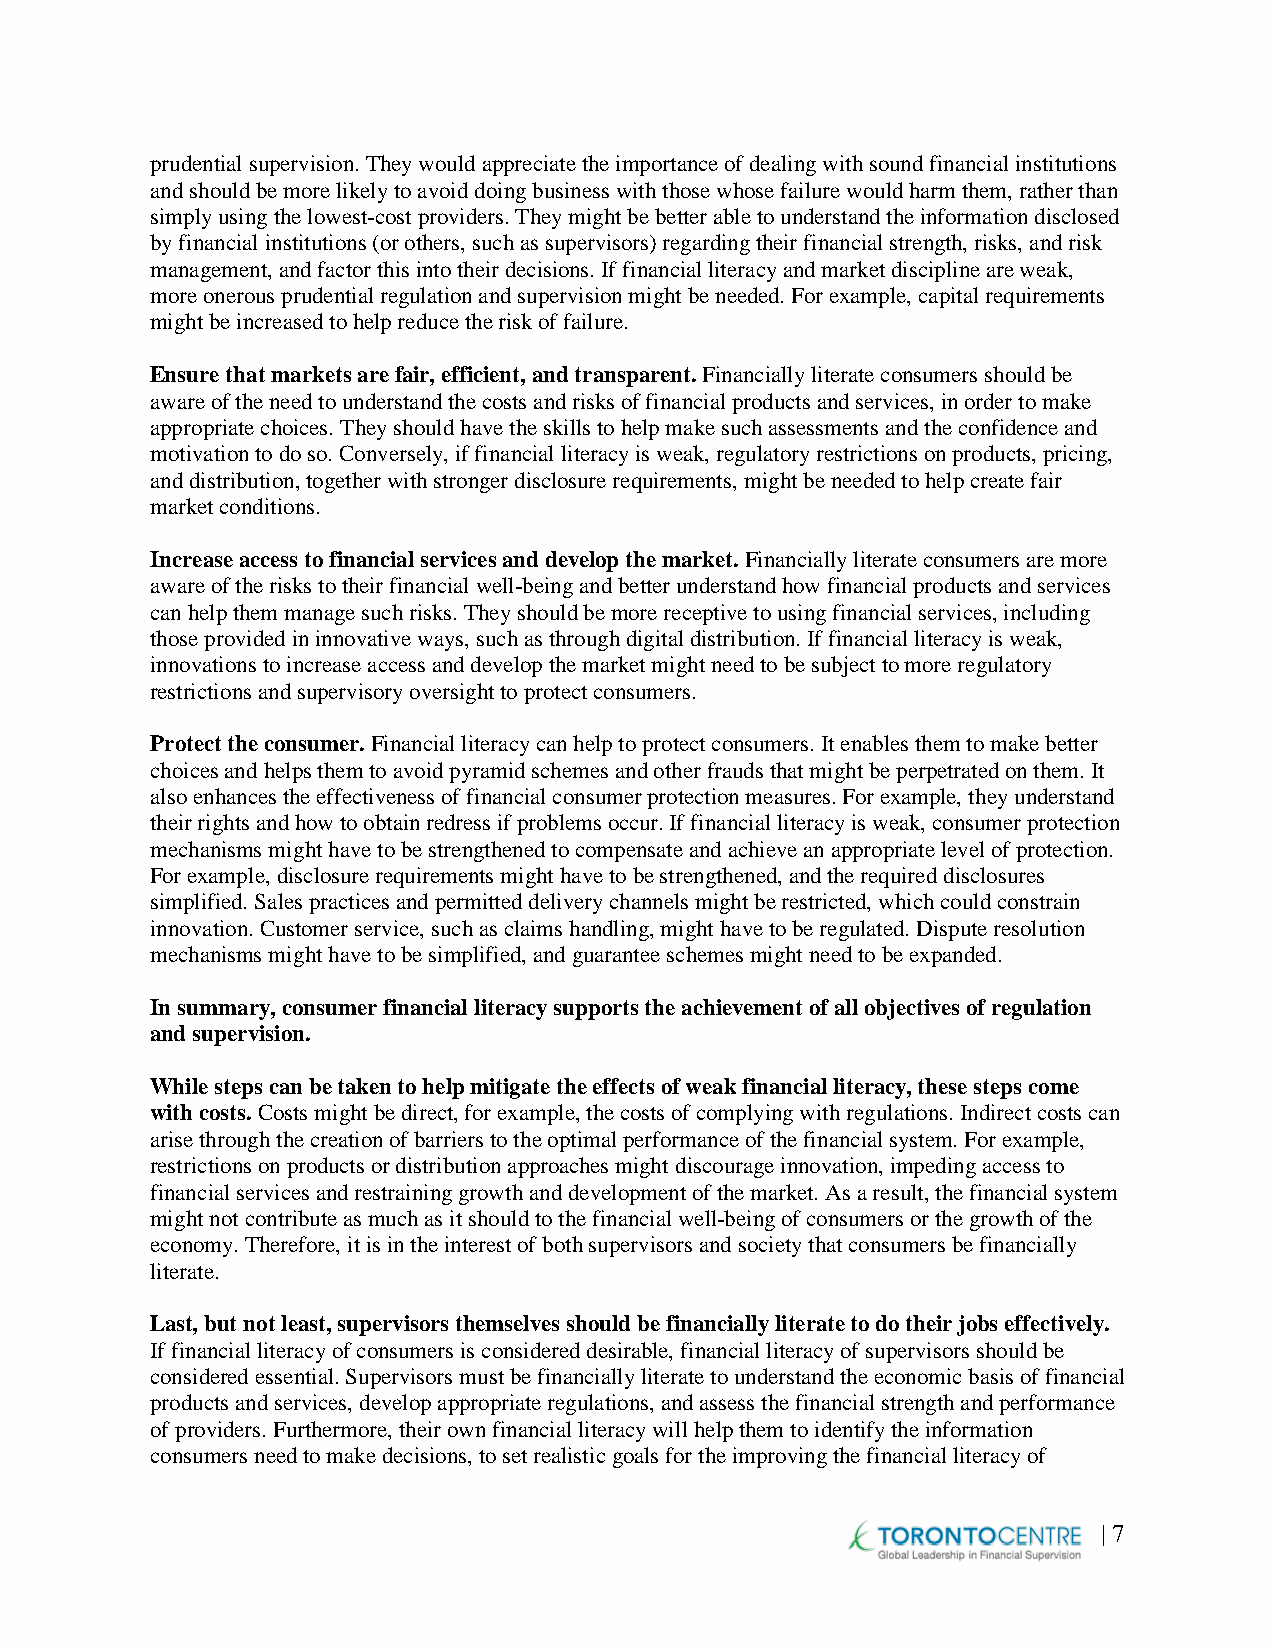
prudential supervision. They would appreciate the importance of dealing with sound financial institutions
 and should be more likely to avoid doing business with those whose failure would harm them, rather than
 simply using the lowest-cost providers. They might be better able to understand the information disclosed
 by financial institutions (or others, such as supervisors) regarding their financial strength, risks, and risk
 management, and factor this into their decisions. If financial literacy and market discipline are weak,
 more onerous prudential regulation and supervision might be needed. For example, capital requirements
 might be increased to help reduce the risk of failure.
 Ensure that markets are fair, efficient, and transparent. Financially literate consumers should be
 aware of the need to understand the costs and risks of financial products and services, in order to make
 appropriate choices. They should have the skills to help make such assessments and the confidence and
 motivation to do so. Conversely, if financial literacy is weak, regulatory restrictions on products, pricing,
 and distribution, together with stronger disclosure requirements, might be needed to help create fair
 market conditions.
 Increase access to financial services and develop the market. Financially literate consumers are more
 aware of the risks to their financial well-being and better understand how financial products and services
 can help them manage such risks. They should be more receptive to using financial services, including
 those provided in innovative ways, such as through digital distribution. If financial literacy is weak,
 innovations to increase access and develop the market might need to be subject to more regulatory
 restrictions and supervisory oversight to protect consumers.
 Protect the consumer. Financial literacy can help to protect consumers. It enables them to make better
 choices and helps them to avoid pyramid schemes and other frauds that might be perpetrated on them. It
 also enhances the effectiveness of financial consumer protection measures. For example, they understand
 their rights and how to obtain redress if problems occur. If financial literacy is weak, consumer protection
 mechanisms might have to be strengthened to compensate and achieve an appropriate level of protection.
 For example, disclosure requirements might have to be strengthened, and the required disclosures
 simplified. Sales practices and permitted delivery channels might be restricted, which could constrain
 innovation. Customer service, such as claims handling, might have to be regulated. Dispute resolution
 mechanisms might have to be simplified, and guarantee schemes might need to be expanded.
 In summary, consumer financial literacy supports the achievement of all objectives of regulation
 and supervision.
 While steps can be taken to help mitigate the effects of weak financial literacy, these steps come
 with costs. Costs might be direct, for example, the costs of complying with regulations. Indirect costs can
 arise through the creation of barriers to the optimal performance of the financial system. For example,
 restrictions on products or distribution approaches might discourage innovation, impeding access to
 financial services and restraining growth and development of the market. As a result, the financial system
 might not contribute as much as it should to the financial well-being of consumers or the growth of the
 economy. Therefore, it is in the interest of both supervisors and society that consumers be financially
 literate.
 Last, but not least, supervisors themselves should be financially literate to do their jobs effectively.
 If financial literacy of consumers is considered desirable, financial literacy of supervisors should be
 considered essential. Supervisors must be financially literate to understand the economic basis of financial
 products and services, develop appropriate regulations, and assess the financial strength and performance
 of providers. Furthermore, their own financial literacy will help them to identify the information
 consumers need to make decisions, to set realistic goals for the improving the financial literacy of
 | 7